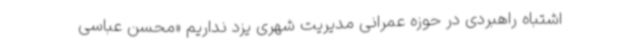
اشتباه راهبردی در حوزه عمرانی مدیریت شهری یزد نداریم «محسن عباسی‌